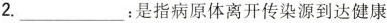
2.___：是指病原体离开传染源到达健康